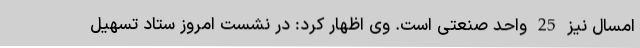
امسال نیز 25 واحد صنعتی است. وی اظهار کرد: در نشست امروز ستاد تسهیل